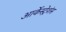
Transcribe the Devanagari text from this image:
आर्केस्ट्रेशंस